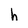
Character: h